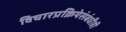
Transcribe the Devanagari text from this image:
विचारप्रक्रियेसंबंधीही